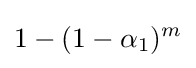
1-(1-\alpha _{1})^{m}